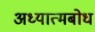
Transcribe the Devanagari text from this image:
अध्यात्मबोध